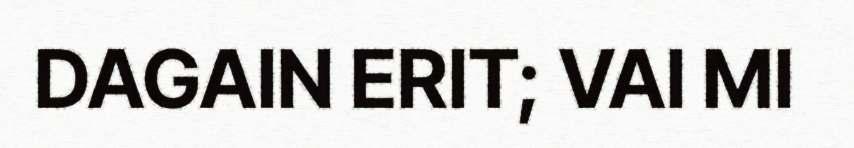
DAGAIN ERIT; VAI MI